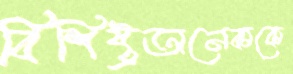
বিশিষ্ট্রঅনেককে